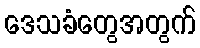
ဒေသခံတွေအတွက်